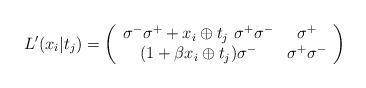
LaTeX: \begin{align*}L^{\prime }(x_i|t_j)=\left( \begin{array}{cc}\sigma^{-}\sigma^{+}+x_{i}\oplus t_{j}~\sigma^{+}\sigma^{-} & \sigma^{+} \\ (1+\beta x_{i}\oplus t_{j})\sigma^{-} & \sigma^{+}\sigma^{-}\end{array}\right) \end{align*}